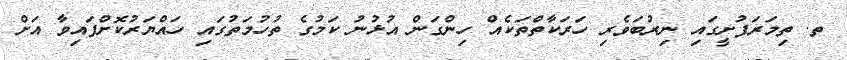
ތ. ތިމަރަފުށީގައި ނިރުބަވެރި ހަރަކާތްތަކެއް ހިންގަން އުޅުނު ކަމުގެ ތުހުމަތުގައި ހައްޔަރުކޮށްފައިވާ އަށް